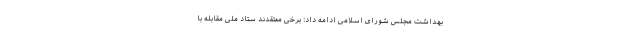
بهداشت مجلس شورای اسلامی ادامه داد: برخی معتقدند ستاد ملی مقابله با